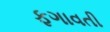
ફગાવતી